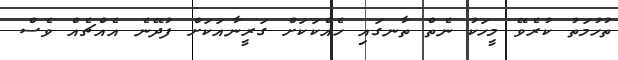
ތުހުމަތު ކުރެވޭ މީހަކު ނެތް ތާނގައި ހެއްކަކަށް ގަރީނާއަކަށް ފުދޭނެ އެއްޗެއް ވެސް